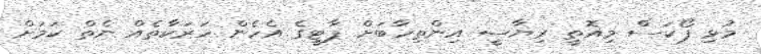
މުޅި ފޯކަސް މިއޮތީ ރިޔާސީ އިންތިހާބަށް ޕާޓީގެ އެހެން ހަރަކާތެއް ނެތް ކަމަށް